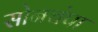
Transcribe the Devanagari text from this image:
सोनचंपा